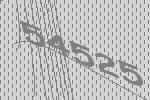
54525